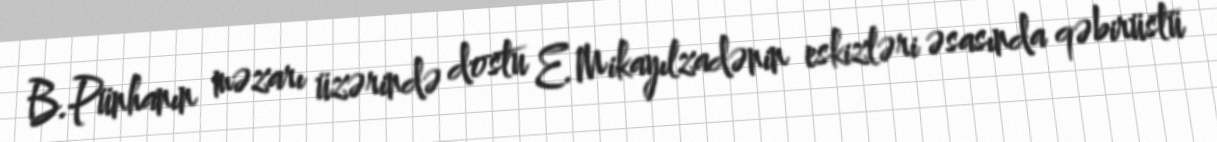
B.Pünhanın məzarı üzərində dostu E.Mikayılzadənin eskizləri əsasında qəbirüstü